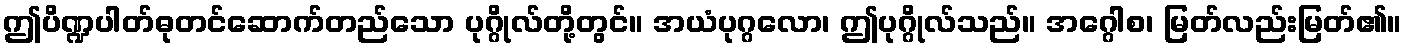
ဤပိဏ္ဍပါတ်ဓုတင်ဆောက်တည်သော ပုဂ္ဂိုလ်တို့တွင်။ အယံပုဂ္ဂလော၊ ဤပုဂ္ဂိုလ်သည်။ အဂ္ဂေါစ၊ မြတ်လည်းမြတ်၏။